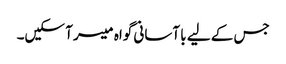
جس کے لیے با آسانی گواہ میسر آ سکیں۔